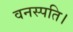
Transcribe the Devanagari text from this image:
वनस्पति।